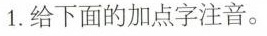
1.给下面的加点字注音。